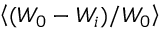
\ensuremath { \left\langle ( W _ { 0 } - W _ { i } ) / W _ { 0 } \right\rangle }